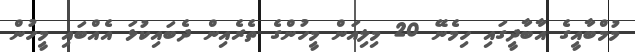
މުމްބާއީގެ އާބާދީގައި ހިމެނޭ 20 މިލިއަން މީހުންގެ ތެރެއިން ދެބައިކުޅަ އެއްބައި މީހުން